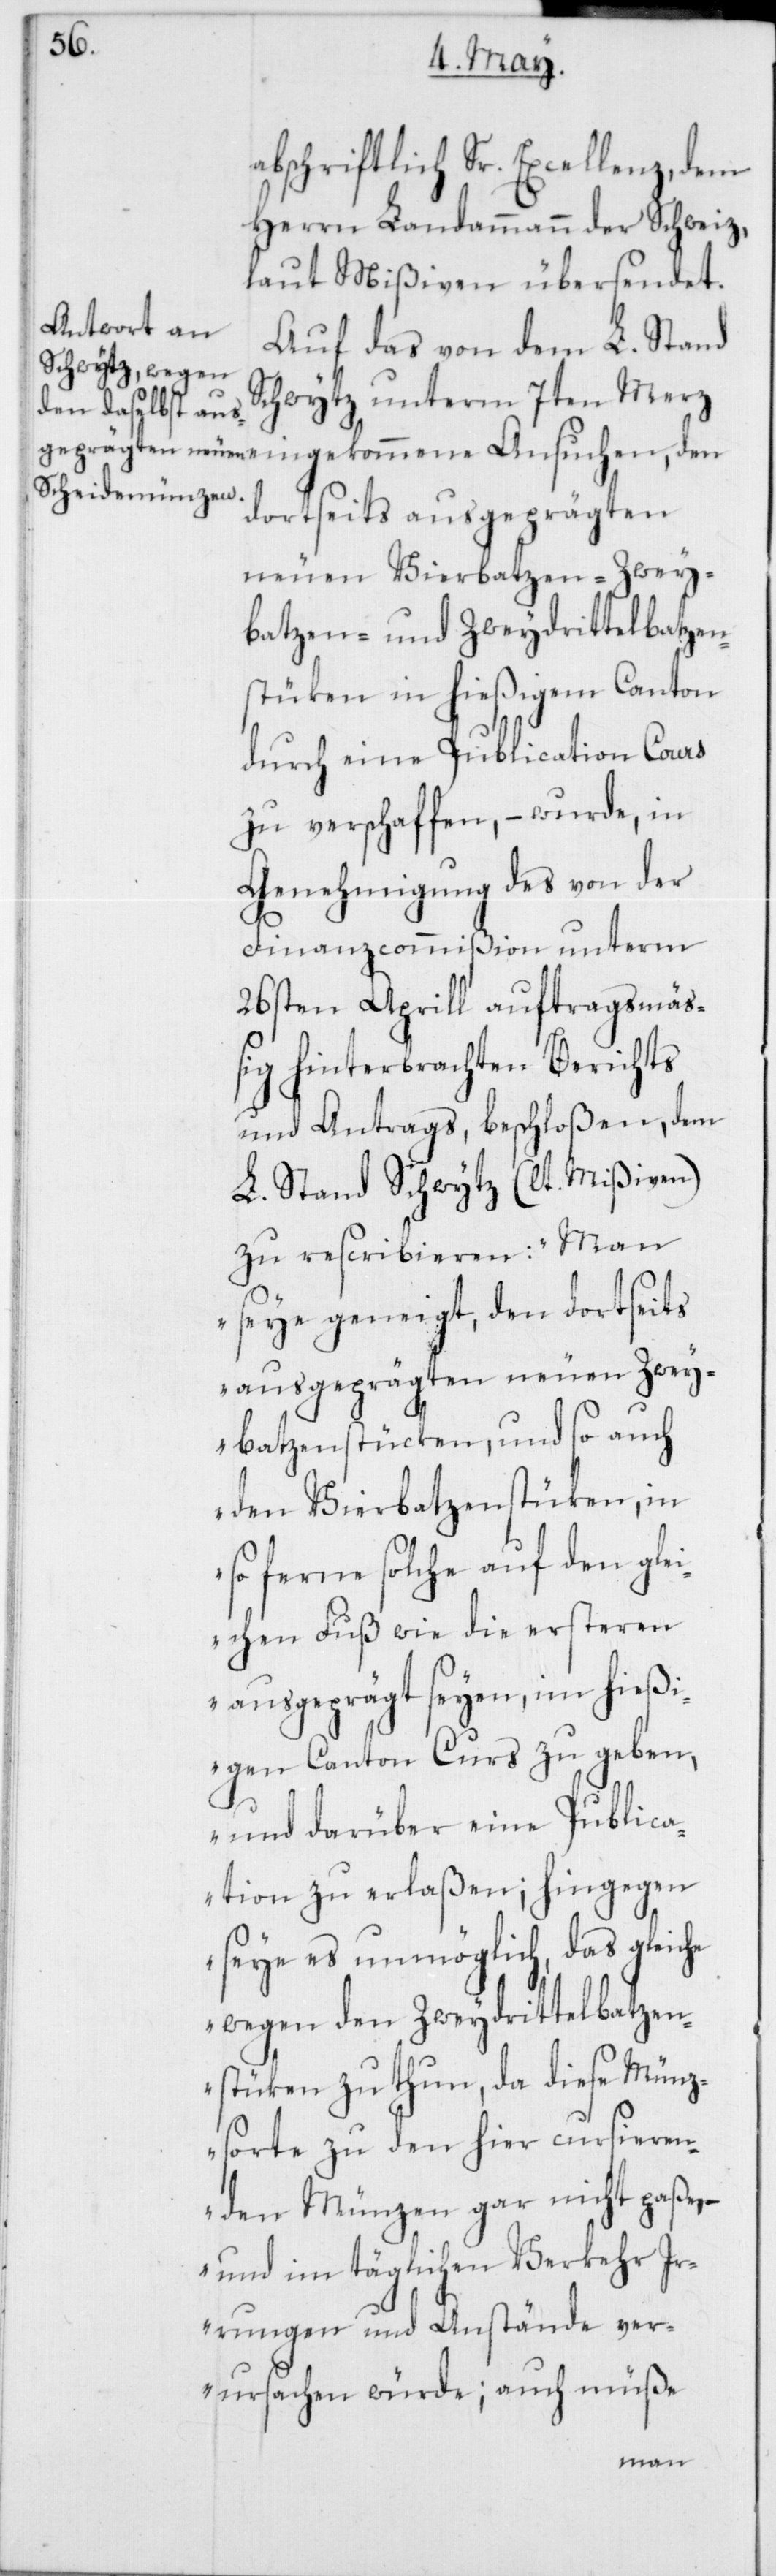
abschriftlich Sr. Excellenz, dem
Herren Landammann der Schweiz,
laut Mißiven, übersendet.
Auf das von dem L. Stand
Schwytz unterm 7ten Merz
eingekommene Ansuchen, den
dortseits ausgeprägten
neuen Vierbatzen- Zwey¬
batzen- und Zweydrittelbatzen¬
stüken in hießigem Canton
durch eine Publication Cours
zu verschaffen, – wurde, in
Genehmigung des von der
Finanzcommißion unterm
26sten Aprill auftragsmäß¬
ig hinterbrachten Berichts
und Antrags, beschloßen, dem
L. Stand Schwytz (lt. Mißiven)
zu rescribieren: „Man
seye geneigt, den dortseits
ausgeprägten neuen Zwey¬
batzenstücken, und so auch
den Vierbatzenstüken, in
so ferne solche auf den glei¬
chen Fuß wie die ersteren
ausgeprägt seyen, im hießi¬
gen Canton Curs zu geben,
und darüber eine Public¬
ation zu erlaßen; hingegen
seye es unmöglich, das gleiche
wegen den Zweydrittelbatzen¬
stüken zu thun, da diese Münz¬
sorte zu den hier cursieren¬
den Münzen gar nicht paße,
und im täglichen Verkehr Ir¬
rungen und Anstände ver¬
ursachen würde; auch müße